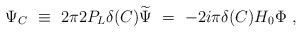
LaTeX: \begin{align*}\Psi_C\ \equiv\ 2\pi 2P_L \delta(C)\widetilde \Psi\ =\ -2i\pi \delta(C) H_0 \Phi\ ,\end{align*}